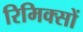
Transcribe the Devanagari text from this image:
रिमिक्सों